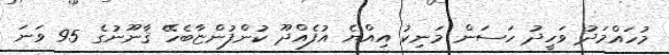
މުހައްމަދު ވަހީދު ހަސަން މަނިކު އިއްޔެ އުފެއްދޫ ކުންފުންޏާބެހޭ ޤާނޫނުގެ 95 ވަނަ